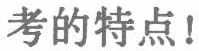
考的特点！